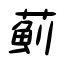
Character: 薊